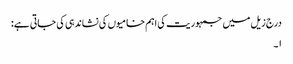
درج زیل میں جمہوریت کی اہم خامیوں کی نشاندہی کی جاتی ہے:
۱۔